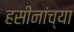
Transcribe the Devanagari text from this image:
हसीनांच्या